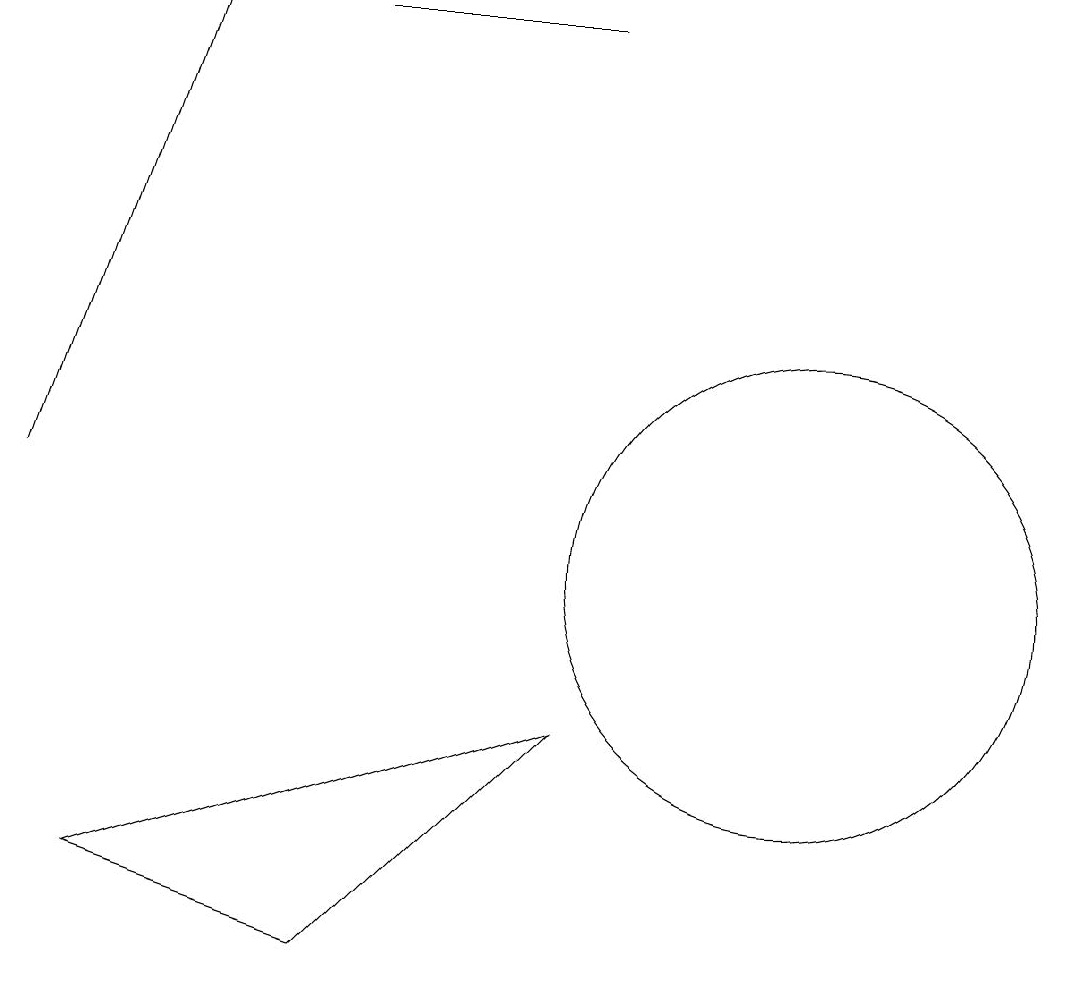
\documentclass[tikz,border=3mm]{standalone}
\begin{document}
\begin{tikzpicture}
\draw[->] (1,12) -- (3,18);
\draw (2,7) -- (8,9) -- (5,6) -- cycle;
\draw (5,18) rectangle (8,18);
\draw (11,11) circle (3);
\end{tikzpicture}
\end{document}